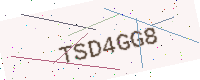
Text: TSD4GG8